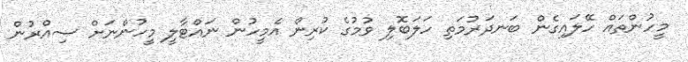
މީހުންތައް ހޭލައިގެން ބަނދަރުމަތި ހަލަބޮލި ވުމުގެ ކުރިން އެމީހުން ނައްޓާލީ މީހުންނަށް ސިއްރުން